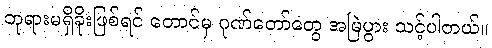
ဘုရားမရှိခိုးဖြစ်ရင် တောင်မှ ဂုဏ်တော်တွေ အမြဲပွား သင့်ပါတယ်။